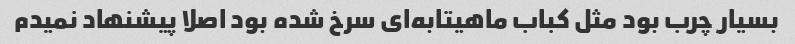
بسیار چرب بود مثل کباب ماهیتابه‌ای سرخ شده بود اصلا پیشنهاد نمیدم